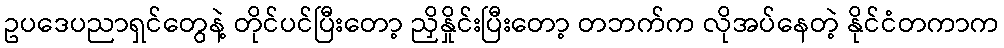
ဥပဒေပညာရှင်တွေနဲ့ တိုင်ပင်ပြီးတော့ ညှိနှိုင်းပြီးတော့ တဘက်က လိုအပ်နေတဲ့ နိုင်ငံတကာက